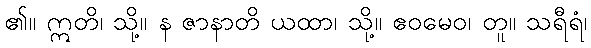
၏။ ဣတိ၊ သို့။ န ဇာနာတိ ယထာ၊ သို့။ ဧဝမေဝ၊ တူ။ သရီရံ၊